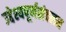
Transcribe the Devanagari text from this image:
उद्देश्यपूर्णसंचलन